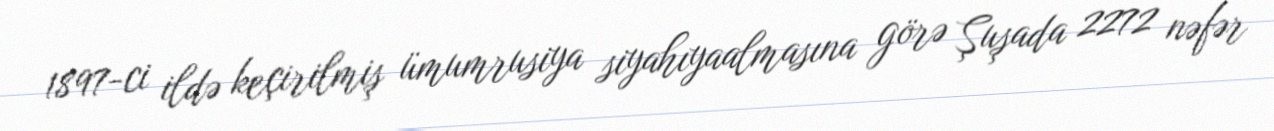
1897-ci ildə keçirilmiş ümumrusiya siyahıyaalmasına görə Şuşada 2272 nəfər